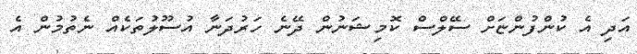
އަދި އެ ކުންފުންޏަށް ސޭލްސް ކޮމިޝަނުން ދޭނެ ހަރުދަނާ އުސޫލުތަކެއް ނެތުމުން އެ